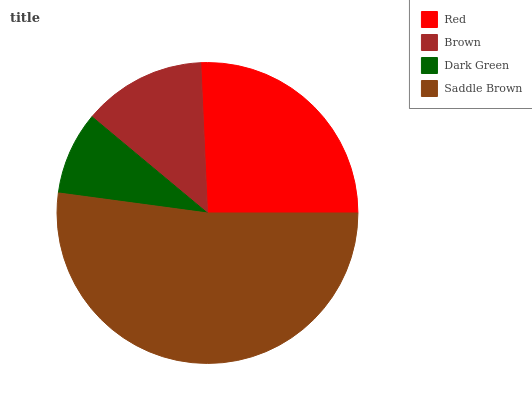
| Red | Brown | Dark Green | Saddle Brown |
 | --- | --- | --- | --- |
 | 25.7% | 13.2% | 8.91% | 52.1% |